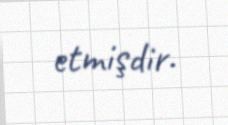
etmişdir.